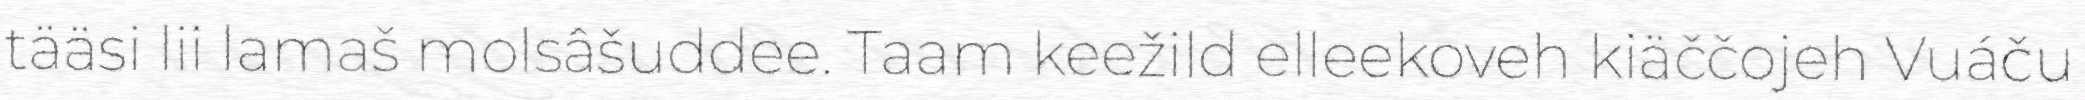
tääsi lii lamaš molsâšuddee. Taam keežild elleekoveh kiäččojeh Vuáču